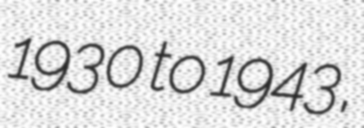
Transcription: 1930 to 1943,